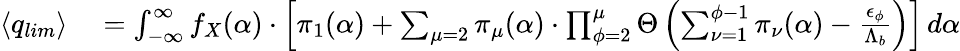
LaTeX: \begin{array}{rl}{\langle q_{lim}\rangle}&{{}=\int_{-\infty}^{\infty}f_{X}(\alpha)\cdot\left[{\pi}_{1}(\alpha)+\sum_{\mu=2}{\pi}_{\mu}(\alpha)\cdot\prod_{\phi=2}^{\mu}\Theta\left(\sum_{\nu=1}^{\phi-1}{\pi}_{\nu}(\alpha)-\frac{{\epsilon}_{\phi}}{{\Lambda}_{b}}\right)\right]\, d\alpha}\end{array}